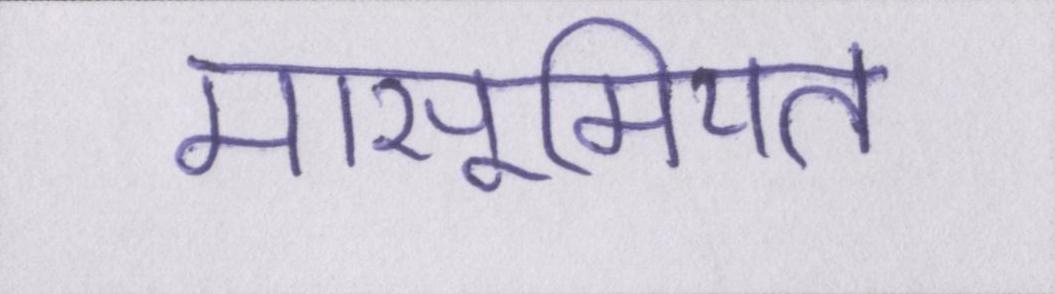
मासूमियत